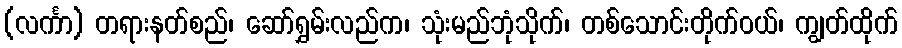
(လင်္ကာ) တရားနတ်စည်၊ ဆော်ရွှမ်းလည်က၊ သုံးမည်ဘုံသိုက်၊ တစ်သောင်းတိုက်ဝယ်၊ ကျွတ်ထိုက်